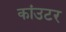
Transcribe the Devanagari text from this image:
कांउटर